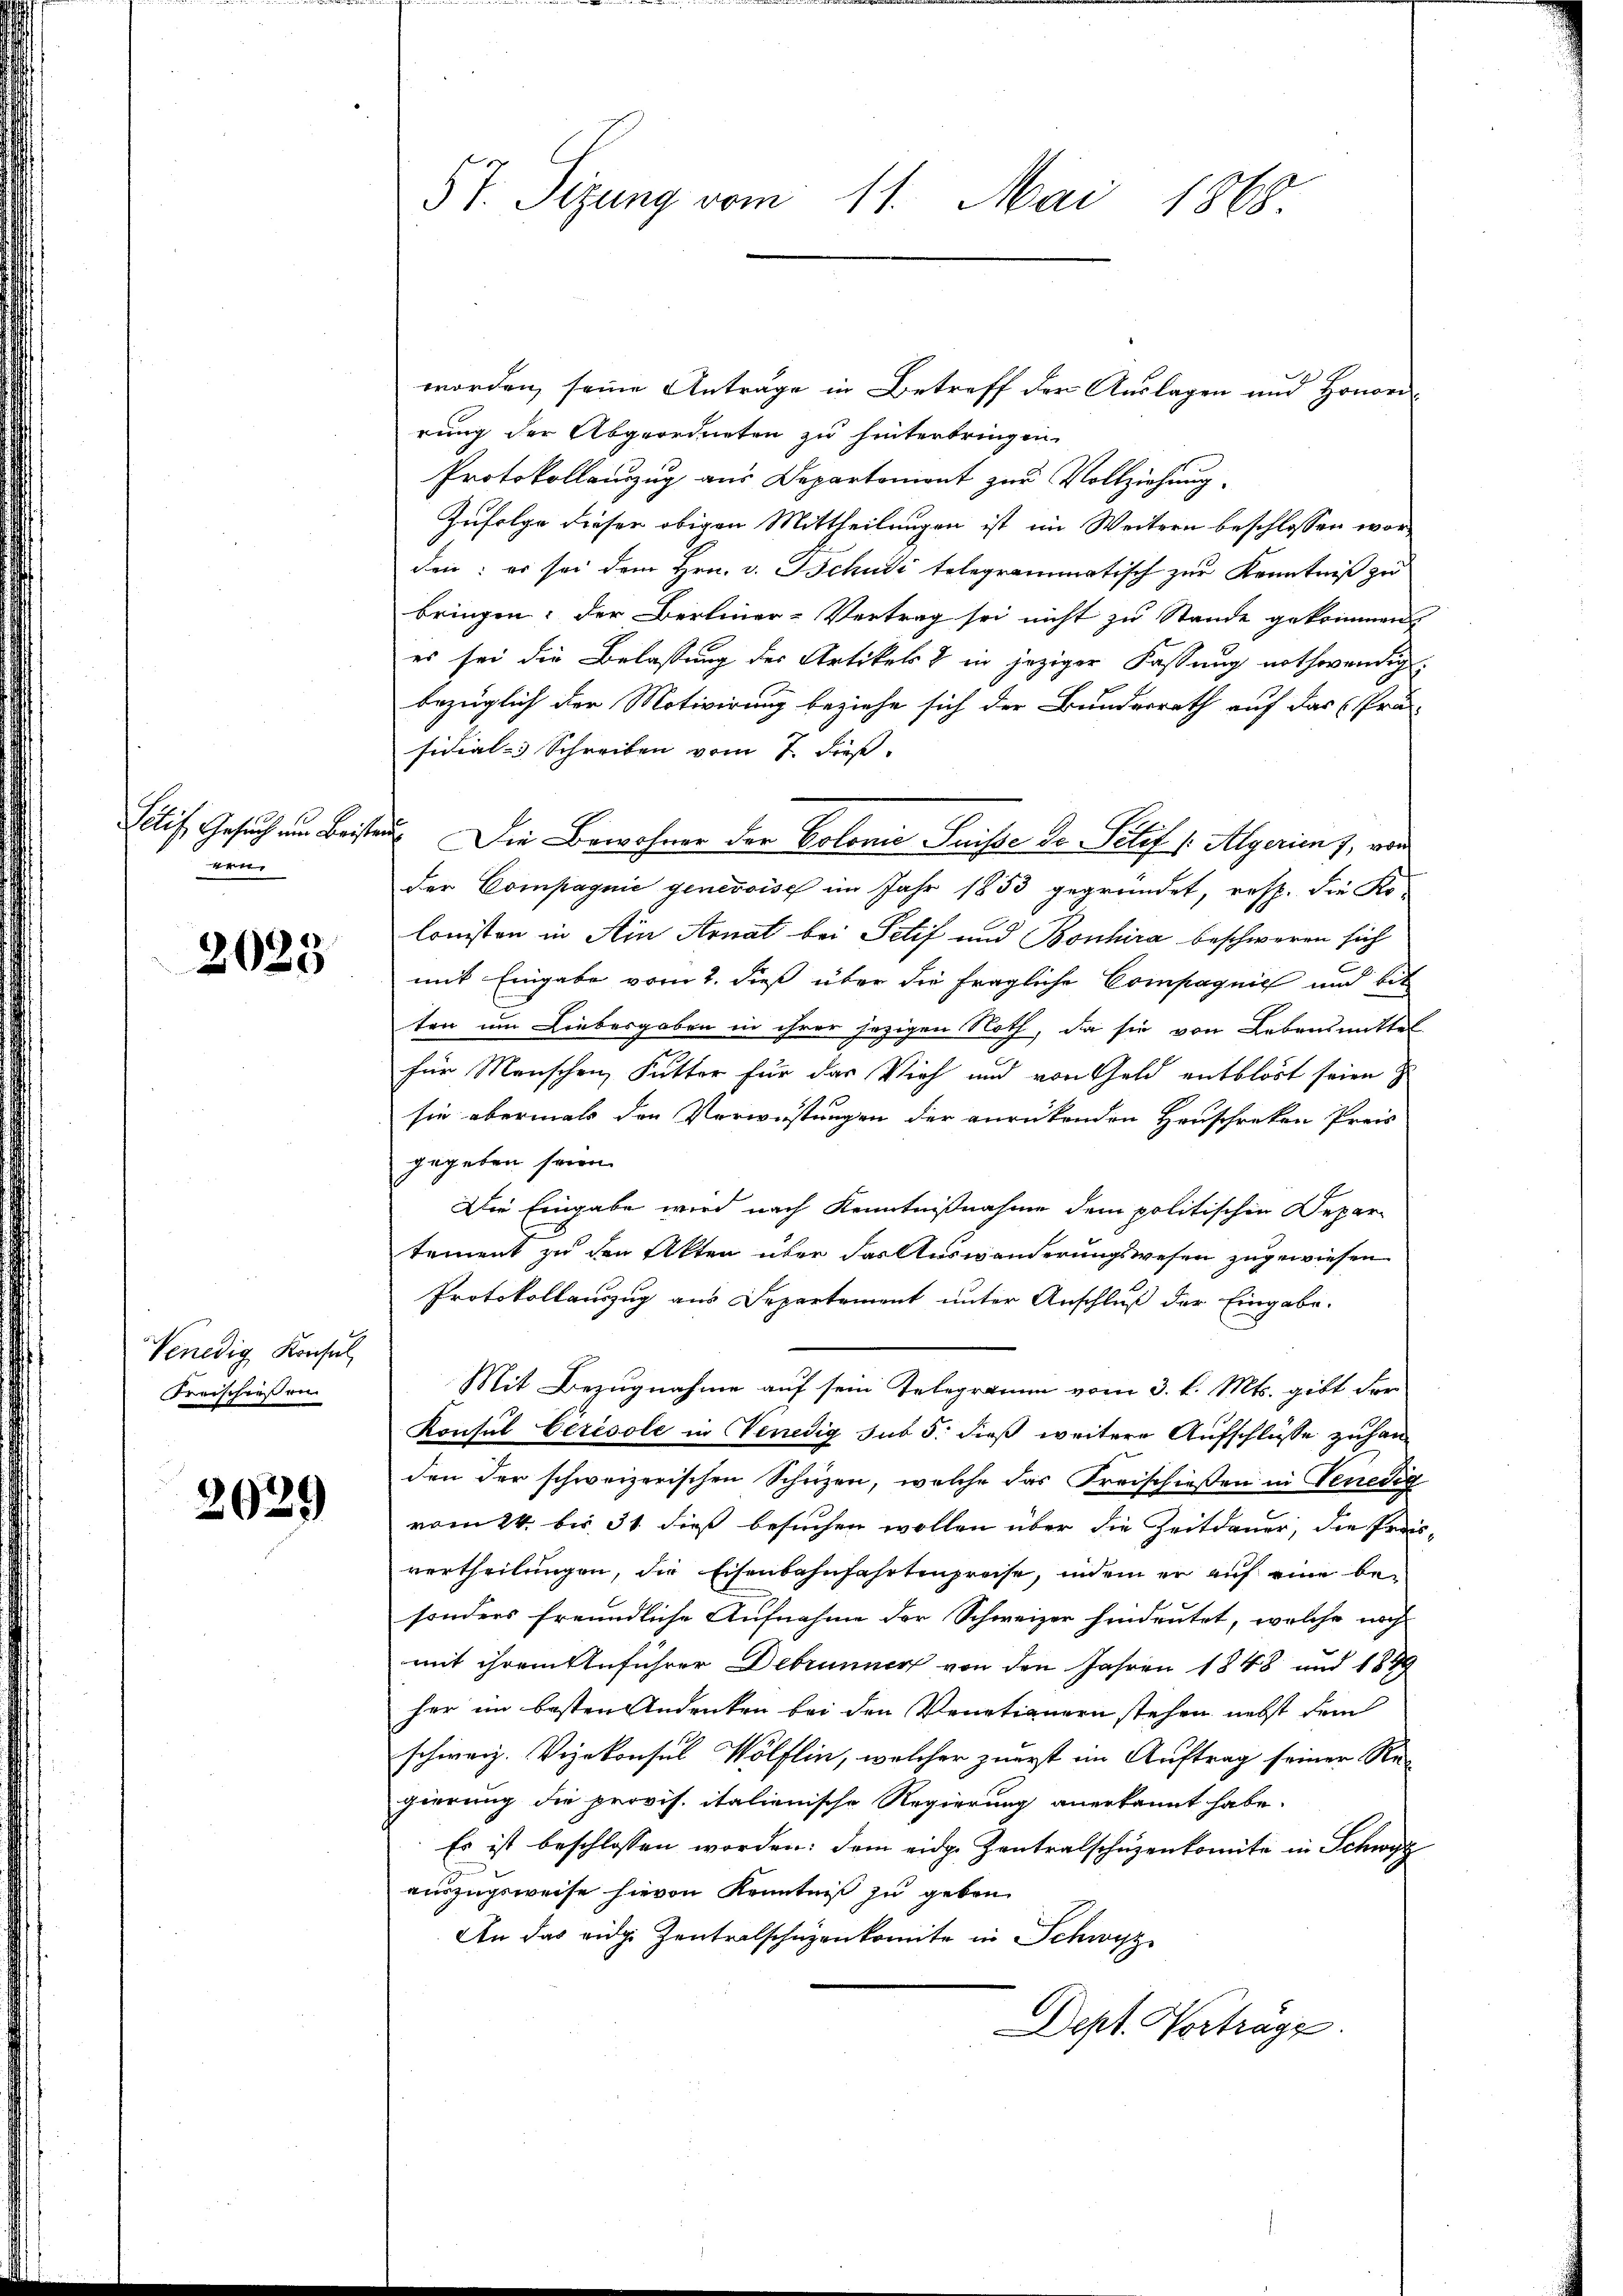
Sitif, Gesuch um Beister
ren

2023

Venedig Konsul
Freischießen

2029

57. Sizung vom 11. Mai 1868

worden, seine Anträge in Betreff der Auslagen und Honorirung der Abgeordneten zu hinterbringen.
Protokollauszug aus Departemont zur Vollziehung.
Zufolge dieser obigen Mittheilungen ist im Weitern beschlossen worden; es sei dem Hrn. v. Tschudi telegrammatisch zur Kenntniß zu
bringen, der Berliner-Vertrag sei nicht zu Stande gekommen
es sei die Belassung der Artikel & in jeziger Fassung nothwendig
bezüglich der Motivirung beziehe sich der Bundesrath auf das Prä
sidial- Schreiben vom 7. dieß.
2 Die Bewohner der Colonie Suisse de Petif /: Algerien 7, von
der Compagnie genessisch im Jahr 1853 gegründet, resp. die Ko-
lonisten in Ain Arnat bei Petif und Bonhira beschweren sich
mit Eingabe vom 2. dieß über die fragliche Compagnie und bit
ten um Liebesgaben in ihrer jezigen Noth, da sie von Lebensmittel
für Menschen Futter für das Vieh und von Gold entblöst seien z
sie abermals den Verwüstungen der anrückenden Hauschreten Preis
gegeben seien.
Die Eingabe wird nach Kenntnißnahme dem politischen Depar-
tement zu den Akten über das Auswanderungswesen zugewiesen
Protokollauszug aus Departement unter Anschluß der Eingabe.
Mit Bezugnahme auf sein Telegramm vom 3. d. Mts. gibt der
Konsul Ceresole in Venedig sub 5. dieß weitere Aufschlüsse zuhanden der schweizerischen Schrizen, welche das Freischießen in Venedig
vom 24. bis 31 dieß besuchen wollen über die Zeitdauer, die Präsvertheilungen, die Eisenbahnfahrtenpreise, indem er auf eine bei
sonders freundliche Aufnahme der Schweizer hindeutet, welche noch
mit ihrem Anführer Debrunner von den Jahren 1848 und 187
her im besten Andenken bei den Venetianern stehen nebst dem
schweiz. Vizekonsul Wölflin, welcher zuerst im Auftrag seiner Re-
gierung die provis. italienische Regierung anerkannt habe.
Es ist beschlossen worden: dem eidge Zentralschuzenkomite in Schwyz
auszugsweise hievon Kenntniß zu geben.
An das eidge Zentralschüzenkomite in Schwyz
Dept. Vorträge.